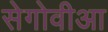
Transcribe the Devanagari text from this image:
सेगोवीआ